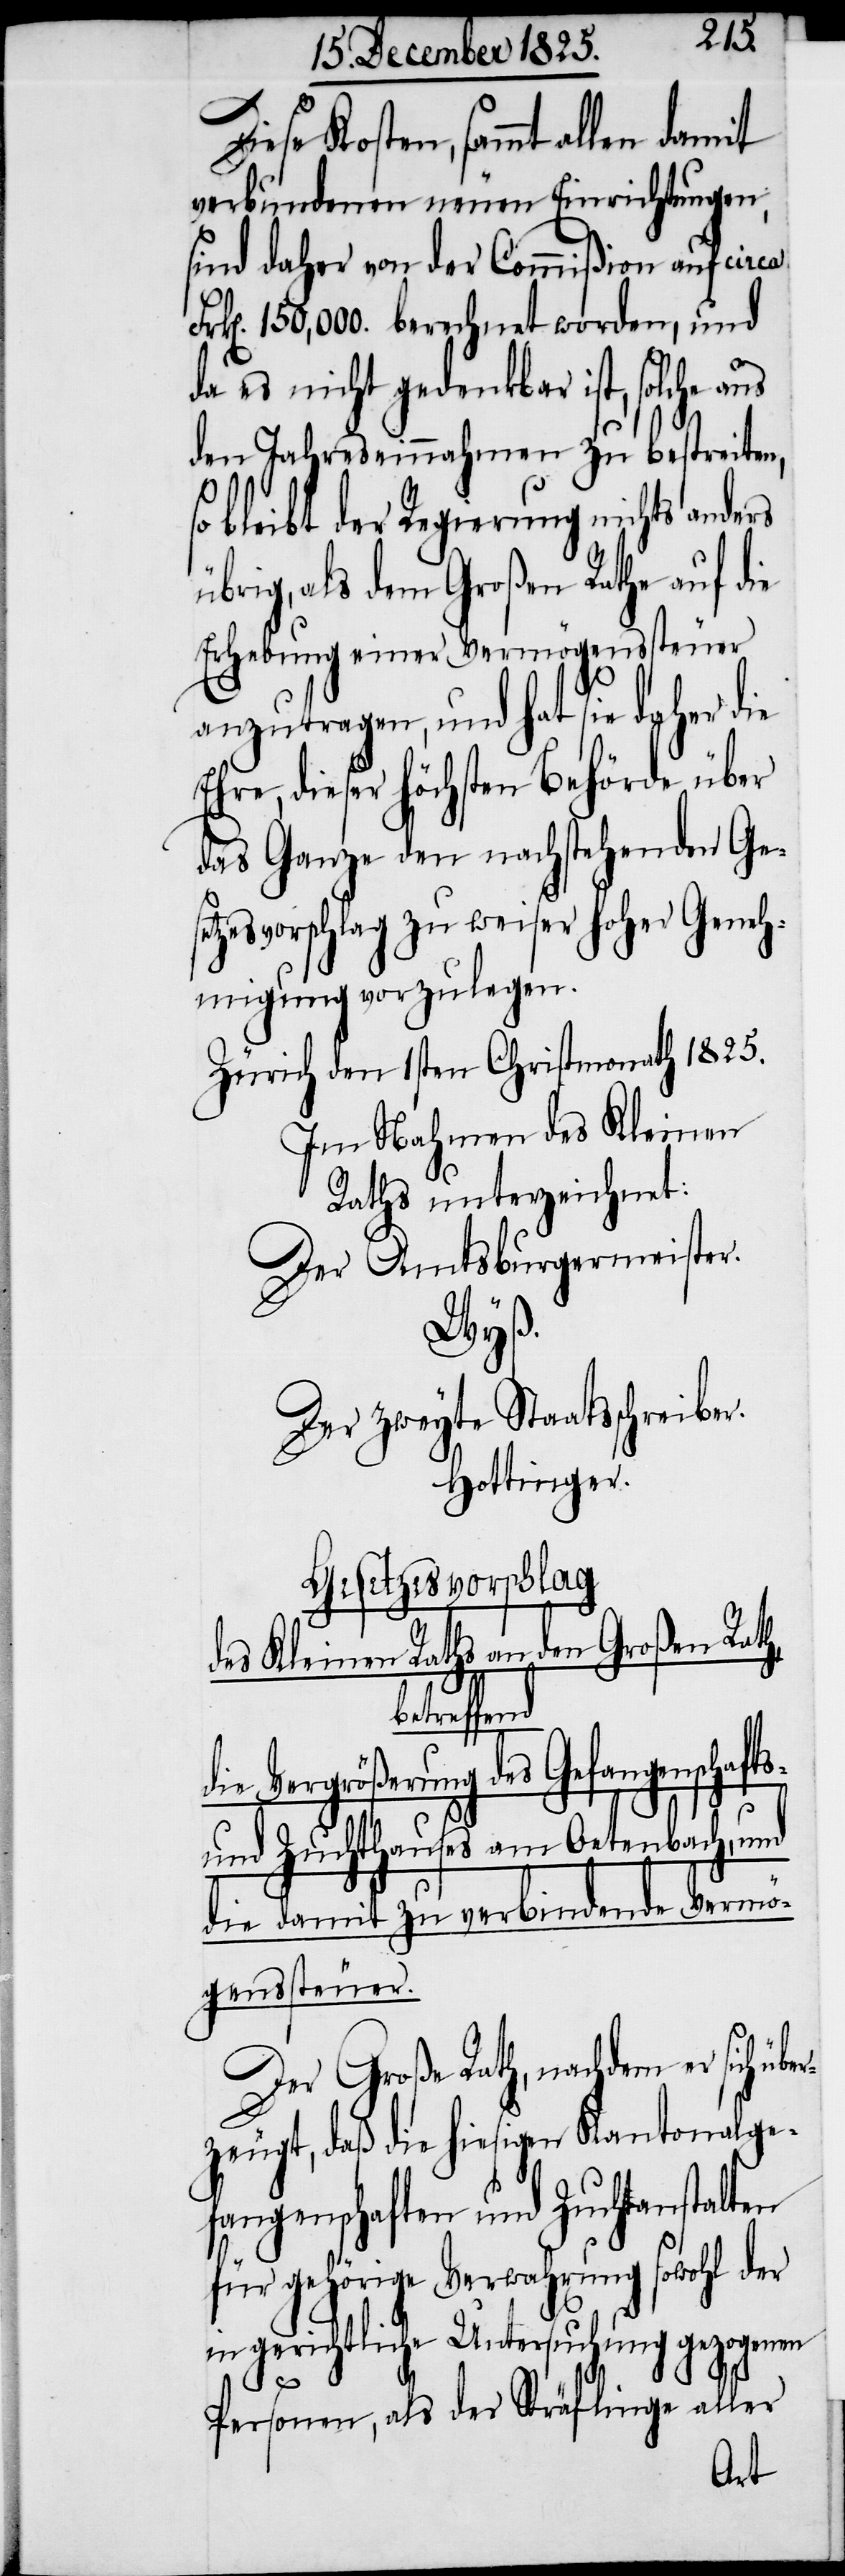
iese Kosten, sammt allen damit
verbundenen neuen Einrichtungen,
sind daher von der Commißion auf circa
k[en]. 150,000. berechnet worden, und
da es nicht gedenkbar ist, solche aus
den Jahreseinnahmen zu bestreiten,
so bleibt der Regierung nichts anderes
übrig, als dem Großen Rathe auf die
Erhebung einer Vermögenssteuer
anzutragen, und hat sie daher die
Ehre, dieser höchsten Behörde über
das Ganze den nachstehenden Ge¬
tzesvorschlag zu weiser hoher Geneh¬
migung vorzulegen.
Zürich den 1sten Christmonath 1825.
Im Nahmen des Kleinen
Der Amtsburgermeister.
Wyß.
Der zweyte Staatsschreiber.
Hottinger.
Gesetzesvorschlag
se¬
des Kleinen Raths an den Großen Rath,
die Vergrößerung des Gefangenschafts-
D¬
und Zuchthauses am Oetenbach,
die damit zu verbindende Vermö¬
genssteuer.
Der Große Rath, nachdem er sich ü¬
zeugt, daß die hiesigen Kantonalge¬
fangenschaften und Zuchtanstalten
für gehörige Verwahrung sowohl der
in gerichtliche Untersuchung gezogenen
ber¬
Personen, als der Sträflinge aller